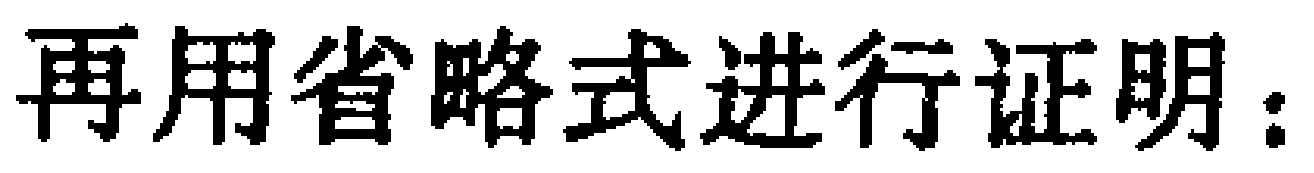
再用省略式进行证明：